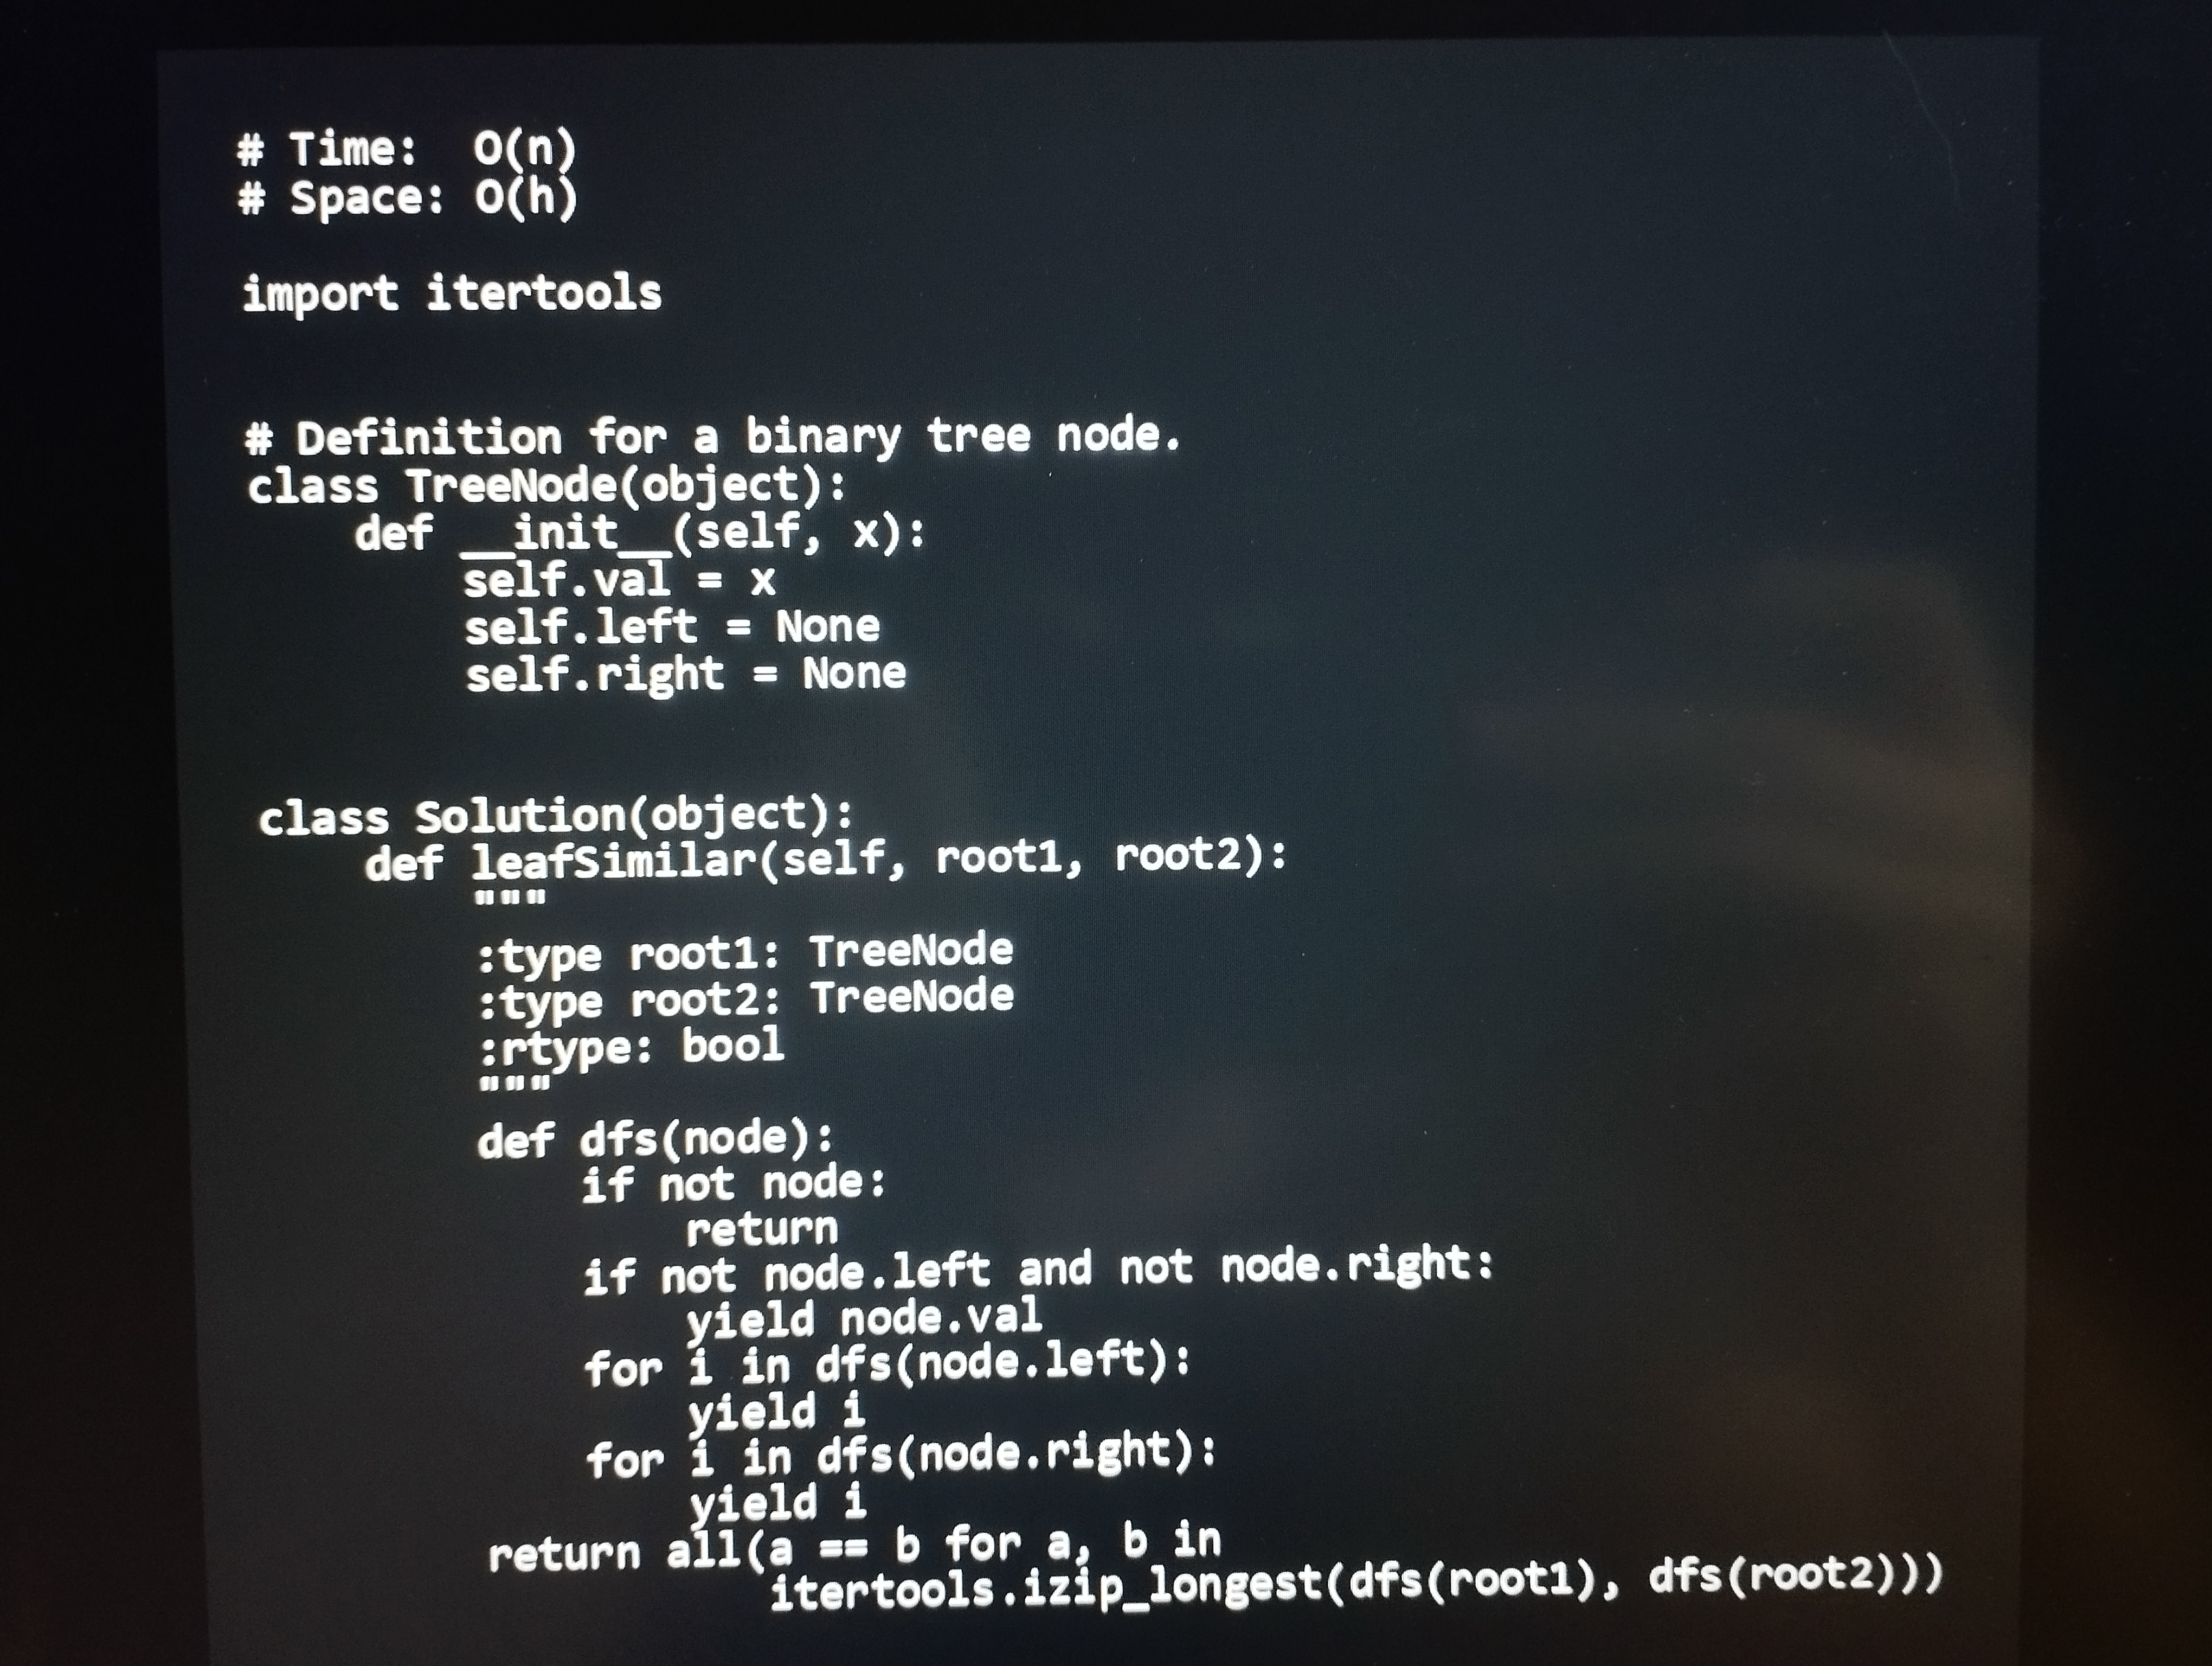
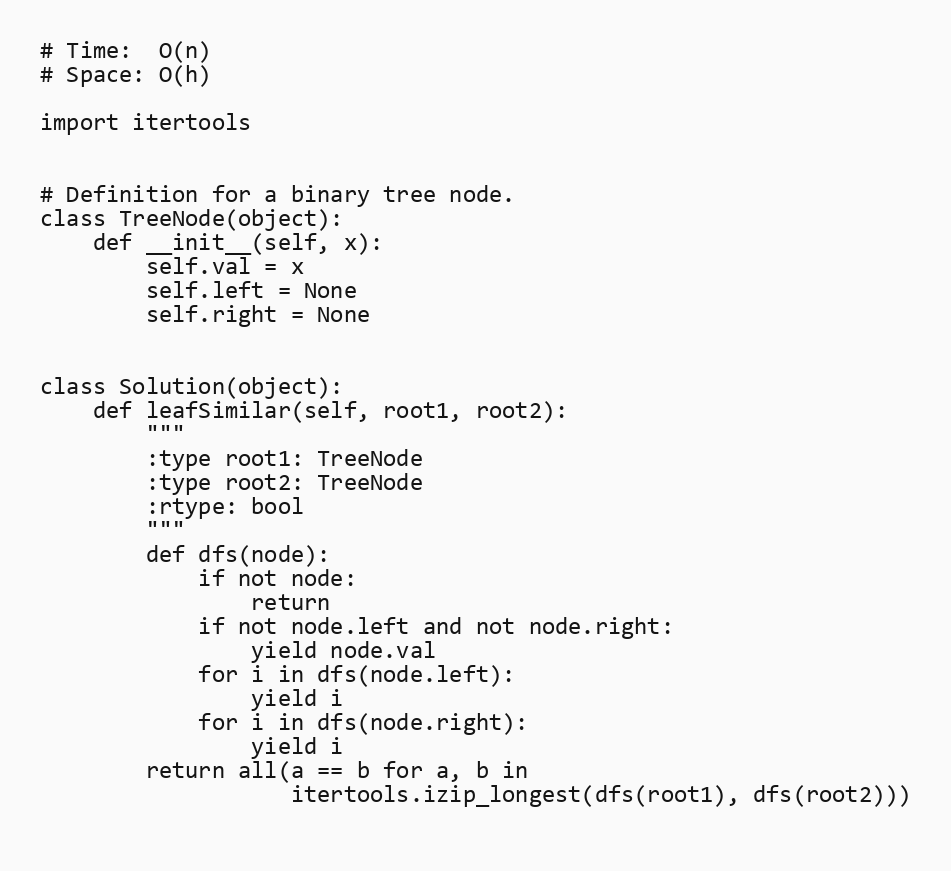
# Time:  O(n)
# Space: O(h)

import itertools

# Definition for a binary tree node.
class TreeNode(object):
    def __init__(self, x):
        self.val = x
        self.left = None
        self.right = None

class Solution(object):
    def leafSimilar(self, root1, root2):
        """
        :type root1: TreeNode
        :type root2: TreeNode
        :rtype: bool
        """
        def dfs(node):
            if not node:
                return
            if not node.left and not node.right:
                yield node.val
            for i in dfs(node.left):
                yield i
            for i in dfs(node.right):
                yield i
        return all(a == b for a, b in
                   itertools.izip_longest(dfs(root1), dfs(root2)))